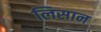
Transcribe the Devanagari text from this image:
लिसान